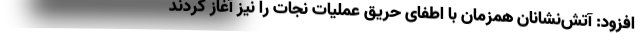
افزود:‌ آتش‌نشانان همزمان با اطفای حریق عملیات نجات را نیز آغاز کردند